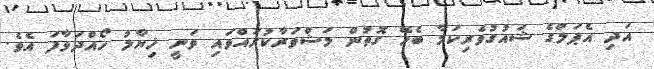
އަދި އެޕަލްގެ ޝައުގުވެރިކަމާ ބެހޭ ގޮތުން މަޝްވަރާކުރައްވައި ވަނީ ޚިޔާލު ހޯއްދަވާފަ އެވެ.